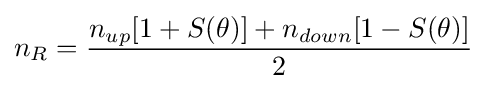
n_{R}={\frac {n_{up}[1+S(\theta )]+n_{down}[1-S(\theta )]}{2}}